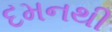
દમનથી